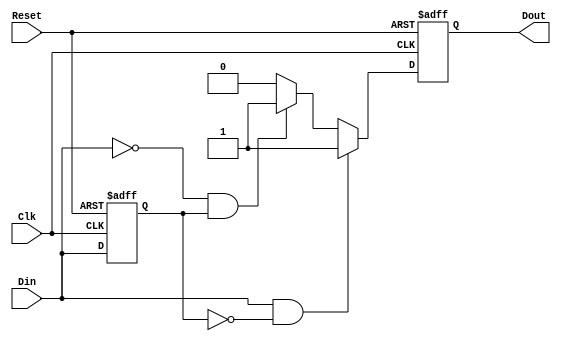
module edge_detector (
    input wire Din,      // Signal Input
    input wire Clk,      // Clock
    input wire Reset,    // Asynchronous Reset
    output reg Dout      // Edge Detected Signal
);

    reg previous_state;  // Memory block to hold the previous state of Din

    // Always block for edge detection and state updating
    always @(posedge Clk or posedge Reset) begin
        if (Reset) begin
            previous_state <= 1'b0; // Initialize previous state to low on reset
            Dout <= 1'b0;            // Clear Dout on reset
        end else begin
            // Edge detection logic
            if (Din && !previous_state) begin
                Dout <= 1'b1; // Rising edge detected
            end else if (!Din && previous_state) begin
                Dout <= 1'b1; // Falling edge detected
            end else begin
                Dout <= 1'b0; // No edge detected
            end
            
            // Update previous state
            previous_state <= Din;
        end
    end

endmodule